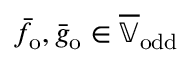
\bar { f } _ { \mathrm { o } } , \bar { g } _ { \mathrm { o } } \in \overline { { \mathbb { V } } } _ { \mathrm { o d d } }